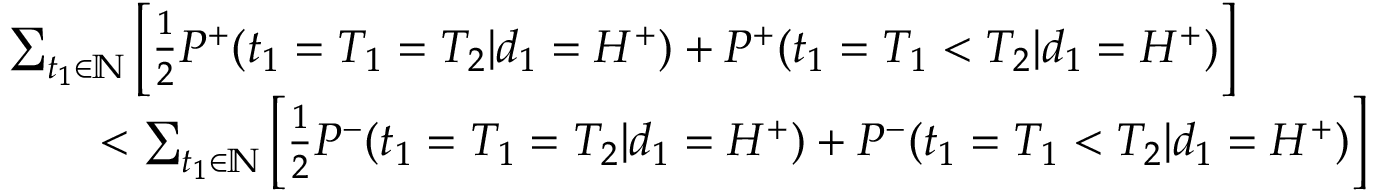
\begin{array} { r l } & { \sum _ { t _ { 1 } \in \mathbb { N } } \left[ \frac { 1 } { 2 } P ^ { + } ( t _ { 1 } = T _ { 1 } = T _ { 2 } | d _ { 1 } = H ^ { + } ) + P ^ { + } ( t _ { 1 } = T _ { 1 } < T _ { 2 } | d _ { 1 } = H ^ { + } ) \right] } \\ & { \qquad < \sum _ { t _ { 1 } \in \mathbb { N } } \left[ \frac { 1 } { 2 } P ^ { - } ( t _ { 1 } = T _ { 1 } = T _ { 2 } | d _ { 1 } = H ^ { + } ) + P ^ { - } ( t _ { 1 } = T _ { 1 } < T _ { 2 } | d _ { 1 } = H ^ { + } ) \right] } \end{array}